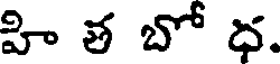
హి త బో ధ.